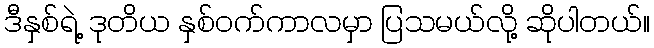
ဒီနှစ်ရဲ့ ဒုတိယ နှစ်ဝက်ကာလမှာ ပြသမယ်လို့ ဆိုပါတယ်။